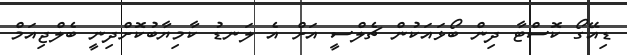
ޑިއޭގޯ ކޮސްޓާ ދިން ބޯޅައަކުން ޗެލްސީ އަށް އެ ލަނޑު ކާމިޔާބުކޮށްދިނީ ބެލްޖިއަމް